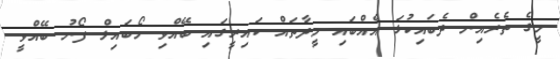
މީގެ ތެރެއިން ދެބައިކުޅަ އެއްބައި މީދާތައް ކައިރީގައި ބޭއްވި މޯބައިލް ފޯނު ބޭއްވީ